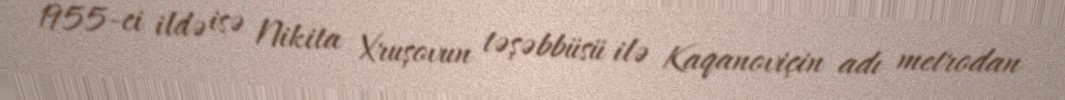
1955-ci ildə isə Nikita Xruşovun təşəbbüsü ilə Kaqanoviçin adı metrodan